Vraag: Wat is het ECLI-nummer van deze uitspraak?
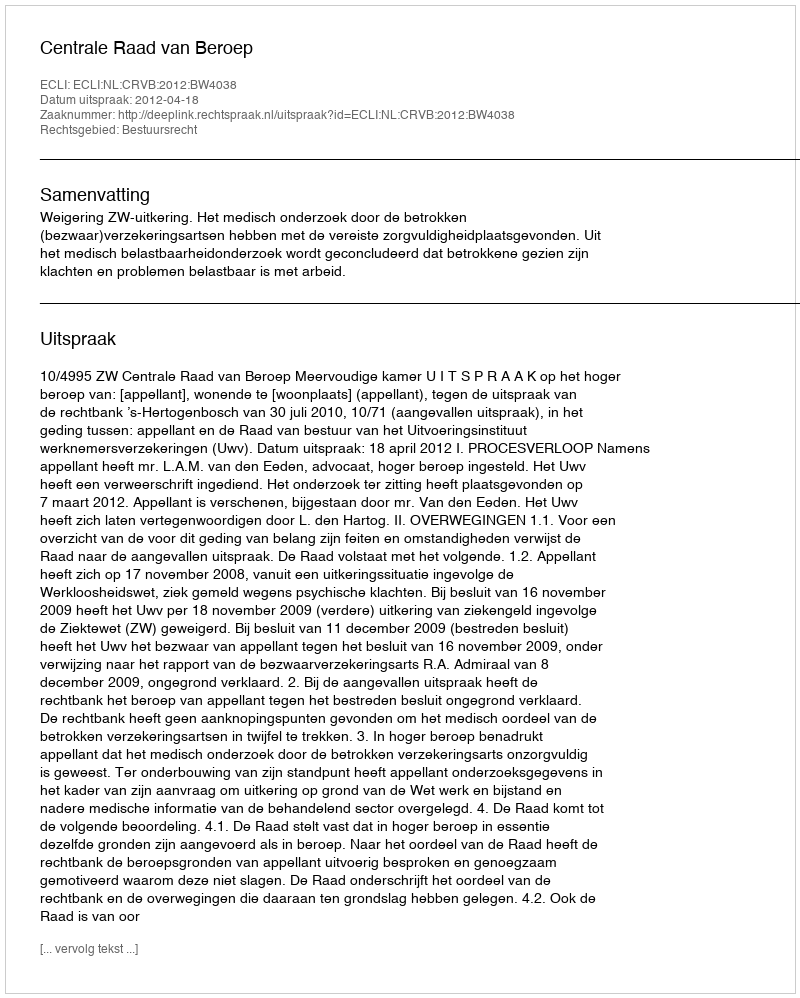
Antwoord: ECLI:NL:CRVB:2012:BW4038